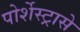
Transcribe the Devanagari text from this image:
पोर्शेस्ट्रासे